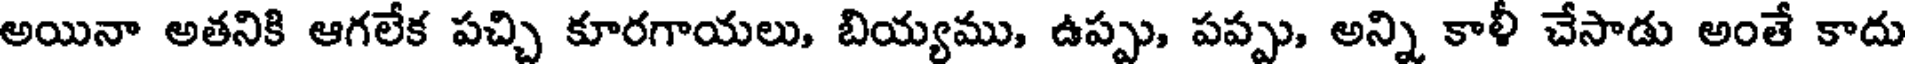
అయినా అతనికి ఆగలేక పచ్చి కూరగాయలు, బియ్యము, ఉప్పు, పప్పు, అన్ని కాళీ చేసాడు అంతే కాదు